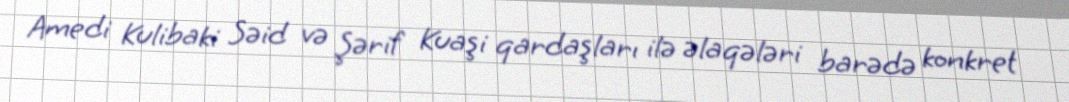
Amedi Kulibaki Səid və Şərif Kuaşi qardaşları ilə əlaqələri barədə konkret